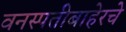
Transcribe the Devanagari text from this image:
वनस्पतीबाहेरचे